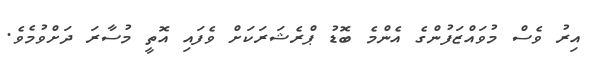
އިރު ވެސް މުވައްޒަފުންގެ އެންމެ ބޮޑު ޕްރެޝަރަކަށް ވެފައި އޮތީ މުސާރަ ދަށްވުމެވެ.